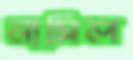
নাসিল